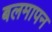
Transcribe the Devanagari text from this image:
बलमापन